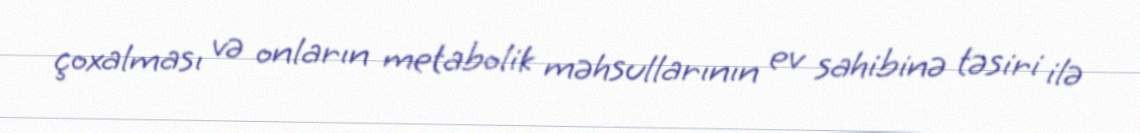
çoxalması və onların metabolik məhsullarının ev sahibinə təsiri ilə